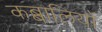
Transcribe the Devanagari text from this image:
कब्बालियों